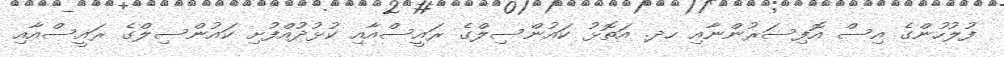
ފުލުހުންގެ އިސް އޮފިސަރުންނާއި ހދ. އަތޮޅު ކައުންސިލްގެ ރައީސްއާއި ކުޅުދުއްފުށި ކައުންސިލްގެ ރައީސްއާއި